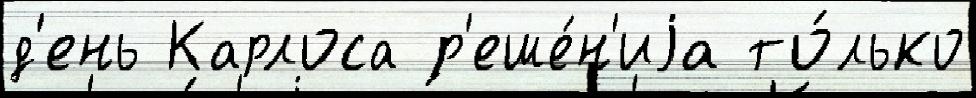
д'ень Карлоса р'еше́н'иjа то́лько